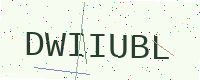
Text: DWIIUBL